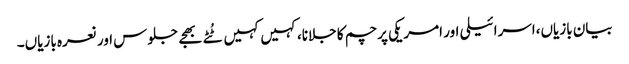
بیان بازیاں،اسرائیلی اور امریکی پرچم کا جلانا،کہیں کہیں ٹُٹے بھجے جلوس اور نعرہ بازیاں۔